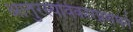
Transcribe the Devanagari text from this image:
आतुरस्यविकारप्रशमनं